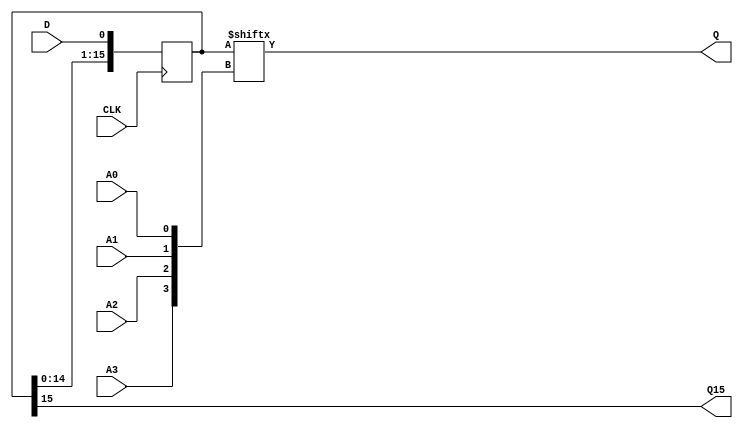
module SRLC16 (
  output Q,
  output Q15,
  input A0, A1, A2, A3,
  (* clkbuf_sink *)
  input CLK,
  input D
);
  parameter [15:0] INIT = 16'h0000;
  reg [15:0] r = INIT;
  assign Q15 = r[15];
  assign Q = r[{A3,A2,A1,A0}];
  always @(posedge CLK) r <= { r[14:0], D };
  specify
    // Max delay from: https://github.com/SymbiFlow/prjxray-db/blob/34ea6eb08a63d21ec16264ad37a0a7b142ff6031/artix7/timings/CLBLM_R.sdf#L912
    $setup(D , posedge CLK, 173);
    // Max delay from: https://github.com/SymbiFlow/prjxray-db/blob/34ea6eb08a63d21ec16264ad37a0a7b142ff6031/artix7/timings/CLBLM_R.sdf#L905
    (posedge CLK => (Q : 1'bx)) = 1472;
    // Max delay from: https://github.com/SymbiFlow/prjxray-db/blob/34ea6eb08a63d21ec16264ad37a0a7b142ff6031/artix7/timings/CLBLM_R.sdf#L904
    (posedge CLK => (Q15 : 1'bx)) = 1114;
    (A0 => Q) = 631;
    (A1 => Q) = 472;
    (A2 => Q) = 407;
    (A3 => Q) = 238;
  endspecify
endmodule